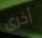
أخرى